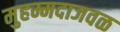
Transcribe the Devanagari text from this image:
मुहम्मदाजवळ